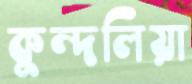
কুন্দলিয়া